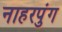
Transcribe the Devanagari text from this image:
नाहरपुंग